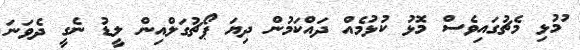
ުމުޅި މެޗުގައިވެސް މޮޅު ކުޅުމެއް ދައްކަމުން ދިޔަ ޕޯޗުގަލްއިން ލީޑު ނެގީ ދެވަނަ